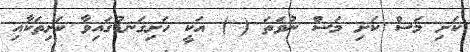
ކަށި މަސް ކަށި މަސް ނުވަތަ ( ) އަކީ ހަށިގަނޑުގައިވާ ކަށިތަކާއި